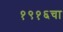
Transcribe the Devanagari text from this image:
१९१६चा